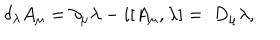
\delta _ { \lambda } A _ { \mu } = \partial _ { \mu } \lambda - i [ A _ { \mu } , \lambda ] = : D _ { \mu } \lambda ,